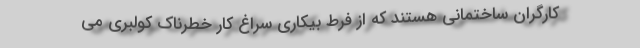
کارگران ساختمانی هستند که از فرط بیکاری سراغ کار خطرناک کولبری می